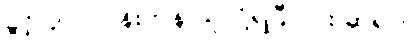
ခွင့်ပြုပါ။ ပန်းကန် ယူလို့ရပြီလား ဆရာ။